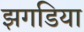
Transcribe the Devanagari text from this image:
झगडिया